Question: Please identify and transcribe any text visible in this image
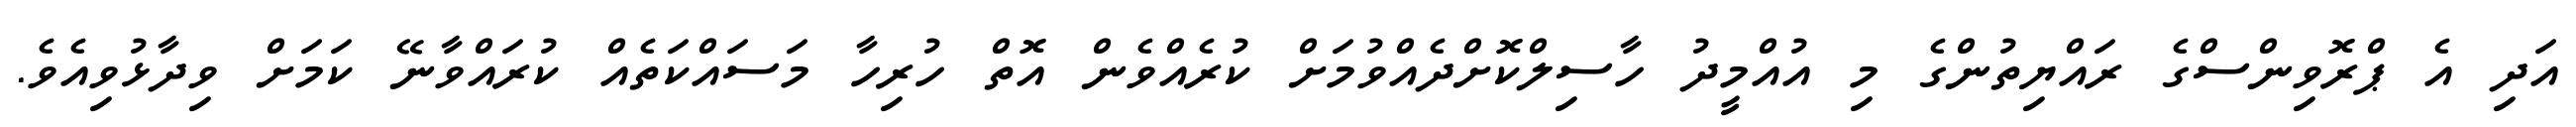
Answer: އަދި އެ ޕްރޮވިންސްގެ ރައްޔިތުންގެ މި އުއްމީދު ހާސިލްކޮށްދެއްވުމަށް ކުރެއްވެން އޮތް ހުރިހާ މަސައްކަތެއް ކުރައްވާނޭ ކަމަށް ވިދާޅުވިއެވެ.